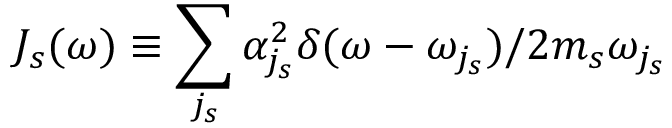
J _ { s } ( \omega ) \equiv \sum _ { j _ { s } } { \alpha _ { j _ { s } } ^ { 2 } } \delta ( \omega - \omega _ { j _ { s } } ) / { 2 m _ { s } \omega _ { j _ { s } } }